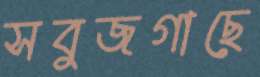
সবুজগাছে